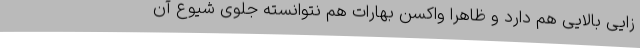
زایی بالایی هم دارد و ظاهرا واکسن بهارات هم نتوانسته جلوی شیوع آن